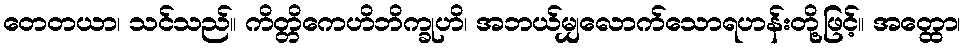
တေတယာ၊ သင်သည်။ ကိတ္တိကေဟိဘိက္ခုဟိ၊ အဘယ်မျှလောက်သောရဟန်းတို့ဖြင့်။ အတ္ထော၊